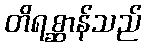
တိရစ္ဆာန်သည်